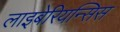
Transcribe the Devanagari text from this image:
लाइबेरियन्सिस